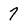
Character: 7